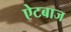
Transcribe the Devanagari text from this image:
ऐटबाज